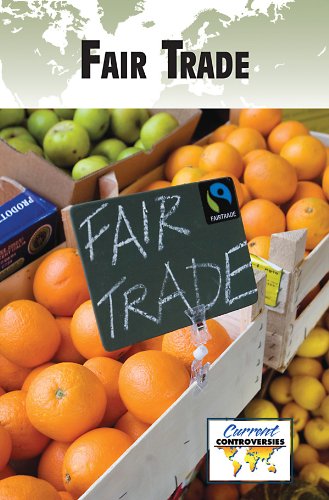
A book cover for Fair Trade (Current Controversies); Children's Books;